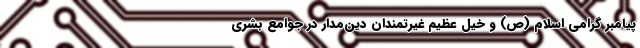
پیامبر گرامی اسلام (ص) و خیل عظیم غیرتمندان دین‌مدار در جوامع بشری